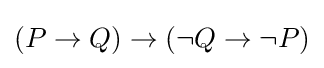
(P\to Q)\to (\lnot Q\to \lnot P)